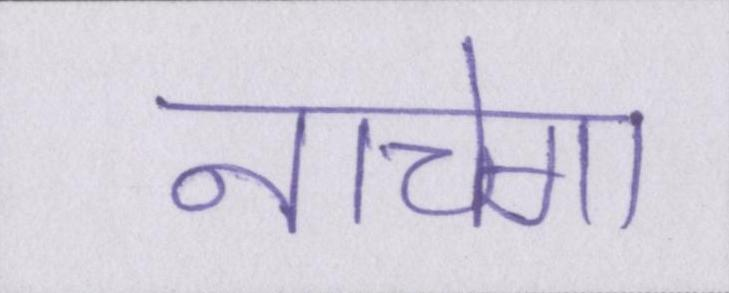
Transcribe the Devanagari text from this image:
नाचेगा